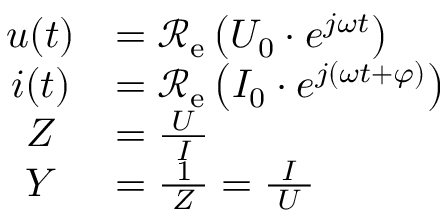
{ \begin{array} { c l } { u ( t ) } & { = \operatorname { \mathcal { R _ { e } } } \left( U _ { 0 } \cdot e ^ { j \omega t } \right) } \\ { i ( t ) } & { = \operatorname { \mathcal { R _ { e } } } \left( I _ { 0 } \cdot e ^ { j ( \omega t + \varphi ) } \right) } \\ { Z } & { = { \frac { U } { \ I \ } } } \\ { Y } & { = { \frac { \ 1 \ } { Z } } = { \frac { \ I \ } { U } } } \end{array} }